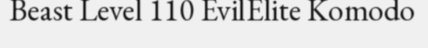
Beast Level 110 EvilElite Komodo